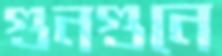
গুনগুনে